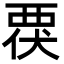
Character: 覄